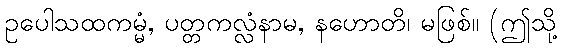
ဥပေါသထကမ္မံ, ပတ္တကလ္လံနာမ, နဟောတိ၊ မဖြစ်။ (ဤသို့